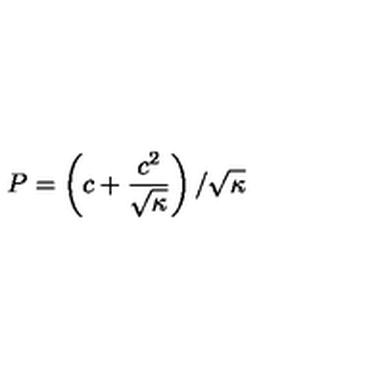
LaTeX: P = \left( c + \frac { c ^ { 2 } } { \sqrt { \kappa } } \right) / \sqrt { \kappa }